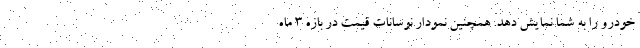
خودرو را به شما نمایش دهد. همچنین نمودار نوسانات قیمت در بازه 3 ماه